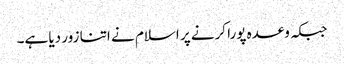
جبکہ وعدہ پورا کرنے پر اسلام نے اتنا زور دیا ہے۔